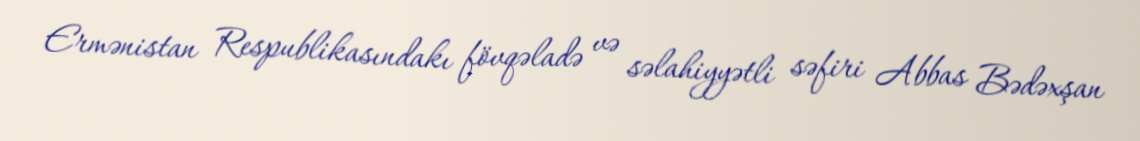
Ermənistan Respublikasındakı fövqəladə və səlahiyyətli səfiri Abbas Bədəxşan